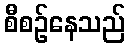
စီစဉ်နေသည်